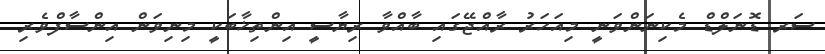
ސަރ ޑޮނަލްޑް މެކިނަންވަނީ މިއަހަރު ރާއްޖޭގައި ބާއްވާ ރިޔާސީ އިންތިޚާބަކީ މިނިވަން އިންސާފްވެރި